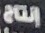
إنتاج